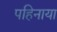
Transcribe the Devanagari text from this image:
पहिनाया